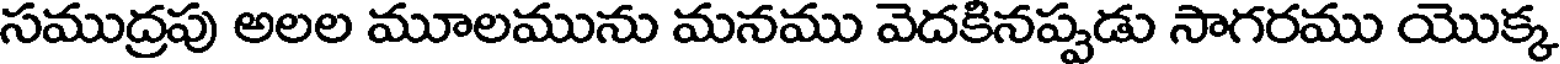
సముద్రపు అలల మూలమును మనము వెదకినప్పడు సాగరము యొక్క